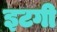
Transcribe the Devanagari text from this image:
इटगी